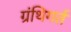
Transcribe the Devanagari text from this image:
ग्रंथिगर्त